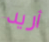
أريد